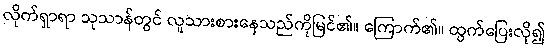
လိုက်ရှာရာ သုသာန်တွင် လူသားစားနေသည်ကိုမြင်၏။ ကြောက်၏။ ထွက်ပြေးလို၍